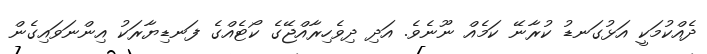
ދެއްކުމަކީ އަޅުގަނޑު ކުރާނޭ ކަމެއް ނޫނެވެ. އަދި ދިވެހިރާއްޖޭގެ ކޯޓެއްގެ ފަނޑިޔާރަކު އިންނަވައިގެން